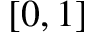
[ 0 , 1 ]